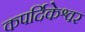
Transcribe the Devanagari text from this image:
कपर्दिकेश्वर